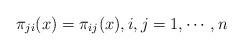
LaTeX: \begin{align*}\pi_{ji}(x) = \pi_{ij}(x) , i,j=1, \cdots, n\end{align*}